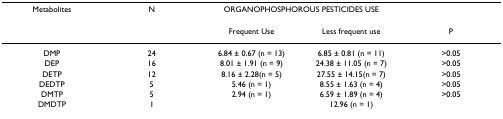
| Metabolites | N | <COLSPAN=2> ORGANOPHOSPHOROUS PESTICIDES USE |  |
 | --- | --- | --- | --- | --- |
 |  |  | Frequent Use | Less frequent use | P |
 | DMP | 24 | 6.84 ± 0.67 (n = 13) | 6.85 ± 0.81 (n = 11) | >0.05 |
 | DEP | 16 | 8.01 ± 1.91 (n = 9) | 24.38 ± 11.05 (n = 7) | >0.05 |
 | DETP | 12 | 8.16 ± 2.28(n = 5) | 27.55 ± 14.15(n = 7) | >0.05 |
 | DEDTP | 5 | 5.46 (n = 1) | 8.55 ± 1.63 (n = 4) | >0.05 |
 | DMTP | 5 | 2.94 (n = 1) | 6.59 ± 1.89 (n = 4) | >0.05 |
 | DMDTP | 1 |  | 12.96 (n = 1) |  |